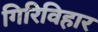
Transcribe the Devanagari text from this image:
गिरिविहार